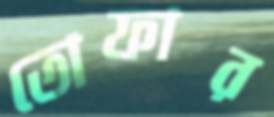
তোফার